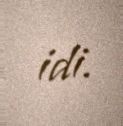
idi.